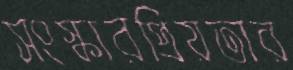
সংস্কারপ্রিয়তার